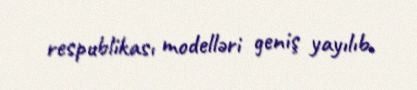
respublikası modelləri geniş yayılıb.